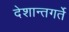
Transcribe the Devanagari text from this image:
देशान्तगर्ते